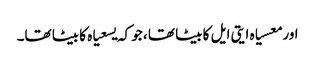
اور معسیاہ ایتی ایل کا بیٹا تھا ، جو کہ یسعیاہ کا بیٹا تھا۔